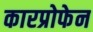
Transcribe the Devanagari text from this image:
कारप्रोफेन